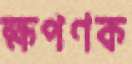
ক্ষপণক